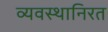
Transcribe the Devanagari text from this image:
व्यवस्थानिरत